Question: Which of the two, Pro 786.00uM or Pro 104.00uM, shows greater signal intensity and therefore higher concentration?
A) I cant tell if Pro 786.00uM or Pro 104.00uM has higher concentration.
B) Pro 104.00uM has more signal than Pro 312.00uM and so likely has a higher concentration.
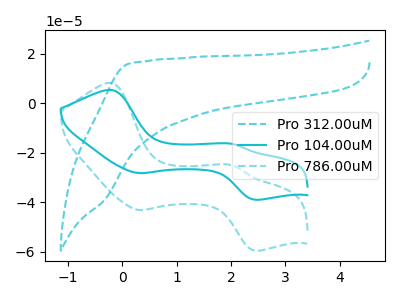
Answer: <think>The cyan dashed curve "Pro 312.00uM" has no peaks. The cyan curve "Pro 104.00uM" has anodic peaks at (-0.20V, 5.35uA) (2.05V, -16.40uA) and cathodic peaks at (0.30V, -28.20uA) (2.45V, -38.90uA). The cyan dashed curve "Pro 786.00uM" has anodic peaks at (-0.20V, 8.20uA) (2.05V, -25.05uA) and cathodic peaks at (0.30V, -43.05uA) (2.45V, -59.45uA).
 All the peaks in "Pro 786.00uM" have a peak in "Pro 104.00uM" at the same potential.</think>
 <answer>A) I cant tell if "Pro 786.00uM" or "Pro 104.00uM" has higher concentration.</answer>
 <eval>A</eval>